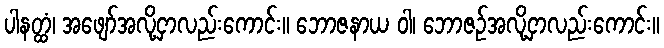
ပါနတ္ထံ၊ အဖျော်အလို့ငှာလည်းကောင်း။ ဘောဇနာယ ဝါ၊ ဘောဇဉ်အလို့ငှာလည်းကောင်း။